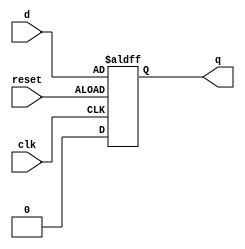
module edge_triggered_latch(
    input wire clk,
    input wire reset,
    input wire d,
    output reg q
);

always @(posedge clk or negedge reset) begin
    if (reset) begin
        q <= 1'b0;
    end else begin
        q <= d;
    end
end

endmodule